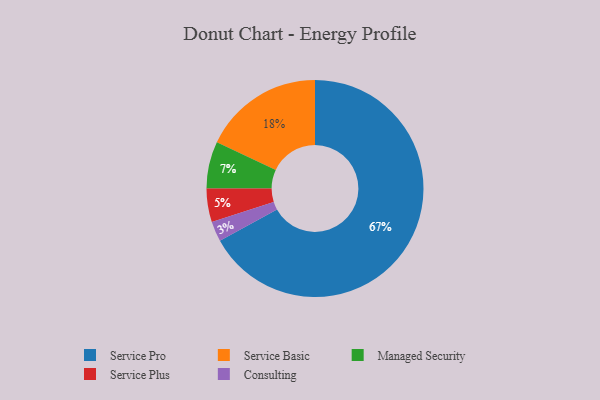
{"axis": {"x": "Category", "y": "Percentage"}, "legend": ["Consulting", "Managed Security", "Service Basic", "Service Plus", "Service Pro"], "data": [{"x": "Service Pro", "y": 67, "type": "Service Pro"}, {"x": "Consulting", "y": 3, "type": "Consulting"}, {"x": "Managed Security", "y": 7, "type": "Managed Security"}, {"x": "Service Plus", "y": 5, "type": "Service Plus"}, {"x": "Service Basic", "y": 18, "type": "Service Basic"}]}